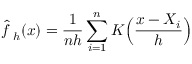
{ \hat { f \, } } _ { h } ( x ) = { \frac { 1 } { n h } } \sum _ { i = 1 } ^ { n } K { \Big ( } { \frac { x - X _ { i } } { h } } { \Big ) }